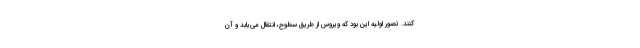
کنند. تصور اولیه این بود که ویروس از طریق سطوح، انتقال می‌یابد و آن